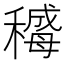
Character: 𬓻